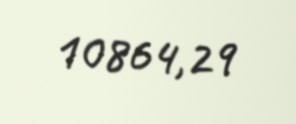
10864,29